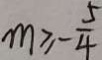
m \geq - \frac { 5 } { 4 }